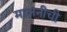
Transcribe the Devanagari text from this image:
मालनीची